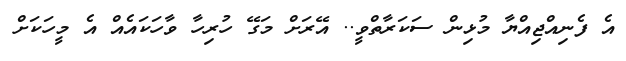
އެ ފެނިއްޖިއްޔާ މުޅިން ސަކަރާތްވީ.. އޭރަށް މަގޭ ހުރިހާ ވާހަކައެއް އެ މީހަކަށް